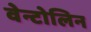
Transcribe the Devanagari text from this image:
वेन्टोलिन